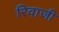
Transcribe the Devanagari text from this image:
रिवाजी